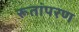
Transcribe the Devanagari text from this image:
रूतांपरण